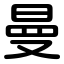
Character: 曼